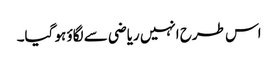
اس طرح انہیں ریاضی سے لگاؤ ہو گیا۔